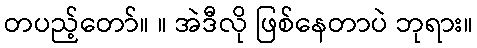
တပည့်တော်။ ။ အဲဒီလို ဖြစ်နေတာပဲ ဘုရား။